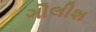
ગૌલીશ